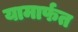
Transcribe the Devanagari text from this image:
यामार्फत